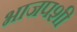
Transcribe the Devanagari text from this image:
भाजपशी